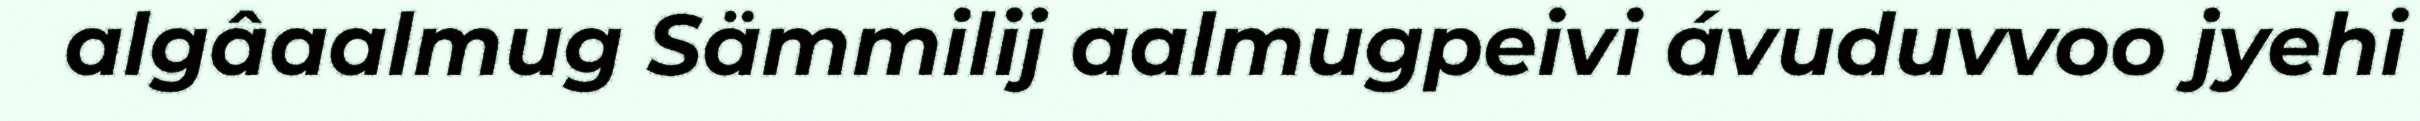
algâaalmug Sämmilij aalmugpeivi ávuduvvoo jyehi